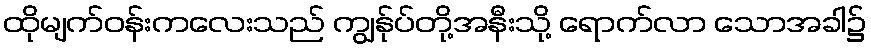
ထိုမျက်ဝန်းကလေးသည် ကျွန်ုပ်တို့အနီးသို့ ရောက်လာ သောအခါ၌